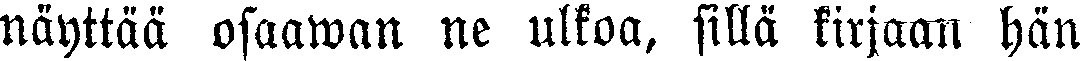
näyttää osaawan ne ulkoa, sillä kirjaan hän